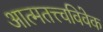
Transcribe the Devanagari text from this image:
आत्मतत्त्वविवेक